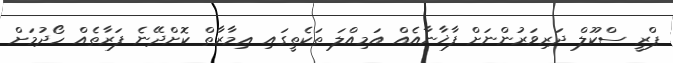
ޕްރީ ސްކޫލް ދަރިވަރުންނަށް ފާޚާނާއެއް އަމިއްލަ ތަކެތީގައި ޢިމާރާތް ކޮށްދޭނެ ފަރާތެއް ހޯދުމަށް